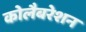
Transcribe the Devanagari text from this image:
कोलैबरेशन